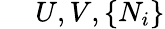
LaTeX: ~~~~~U,V,\{ N_{i}\}